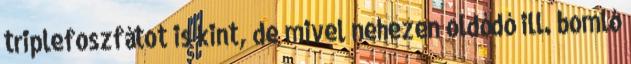
triplefoszfátot is kint, de mivel nehezen oldódó ill. bomló